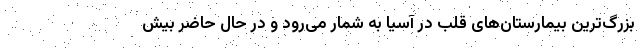
بزرگ‌ترین بیمارستان‌های قلب در آسیا به شمار می‌رود و در حال حاضر بیش